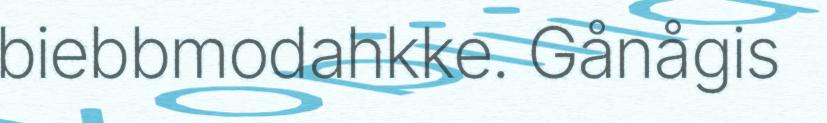
biebbmodahkke. Gånågis